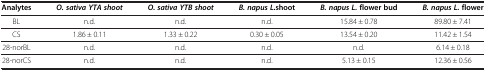
<table><thead><tr><td><b>Analytes</b></td><td><b><i>O. sativa YTA shoot</i></b></td><td><b><i>O. sativa YTB shoot</i></b></td><td><b><i>B. napus L.</i>shoot</b></td><td><b><i>B. napus L. </i>flower bud</b></td><td><b><i>B. napus L. </i>flower</b></td></tr></thead><tbody><tr><td>BL</td><td>n.d.</td><td>n.d.</td><td>n.d.</td><td>15.84 ± 0.78</td><td>89.80 ± 7.41</td></tr><tr><td>CS</td><td>1.86 ± 0.11</td><td>1.33 ± 0.22</td><td>0.30 ± 0.05</td><td>13.54 ± 0.20</td><td>11.42 ± 1.54</td></tr><tr><td>28-norBL</td><td>n.d.</td><td>n.d.</td><td>n.d.</td><td>n.d.</td><td>6.14 ± 0.18</td></tr><tr><td>28-norCS</td><td>n.d.</td><td>n.d.</td><td>n.d.</td><td>5.13 ± 0.15</td><td>12.36 ± 0.56</td></tr></tbody></table>